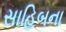
સાહિબના